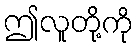
ဤလူတို့ကို